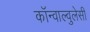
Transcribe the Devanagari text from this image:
कॉन्वाल्वुलेसी